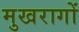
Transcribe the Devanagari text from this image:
मुखरागों